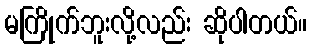
မကြိုက်ဘူးလို့လည်း ဆိုပါတယ်။